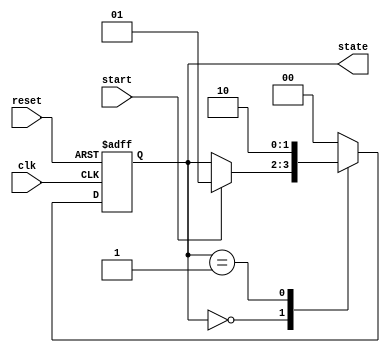
module fsm_example (
    input wire clk,          // Clock input
    input wire reset,        // Reset input
    input wire start,        // Start signal to trigger the FSM
    output reg [1:0] state   // Output state
);

// Define state encoding
parameter IDLE    = 2'b00;
parameter STATE1  = 2'b01;
parameter STATE2  = 2'b10;

// Initial state
initial begin
    state = IDLE;
end

// Always block triggered on the rising edge of the clock or reset signal
always @(posedge clk or posedge reset) begin
    if (reset) begin
        // Reset state
        state <= IDLE;
    end else begin
        // Sequential behavior based on the current state
        case (state)
            IDLE: begin
                if (start) begin
                    state <= STATE1; // Transition to STATE1 on start signal
                end
            end
            STATE1: begin
                // Some operation in STATE1, then go to STATE2
                state <= STATE2; // Transition to STATE2
            end
            STATE2: begin
                // Operation in STATE2, then go back to IDLE
                state <= IDLE;   // Transition back to IDLE
            end
            default: begin
                state <= IDLE;   // Fallback to IDLE state for safety
            end
        endcase
    end
end

endmodule